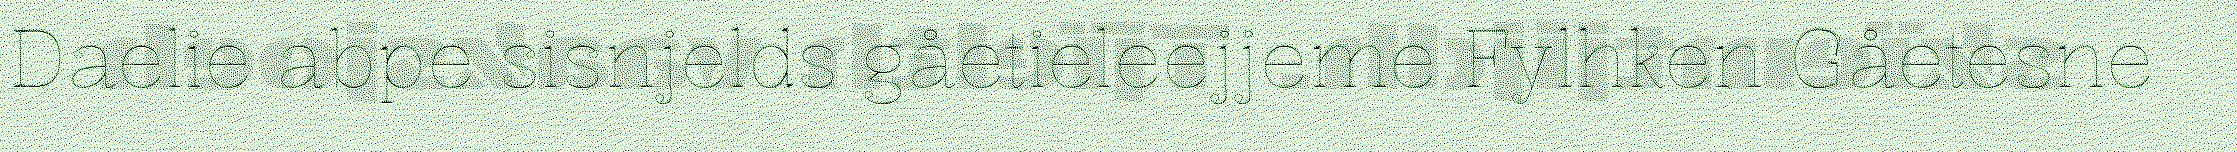
Daelie abpe sisnjelds gåetieleejjeme Fylhken Gåetesne